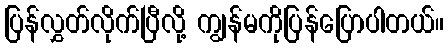
ပြန်လွှတ်လိုက်ပြီလို့ ကျွန်မကိုပြန်ပြောပါတယ်။